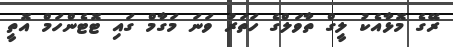
ރޭގެ މޮޅާއެކު ލީގް ތާވަލްގެ ހަތަރު ވަނަ މަގާމް ގައި ޓޮޓެންހަމް އޮތީ